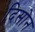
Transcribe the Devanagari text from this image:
दिसोन